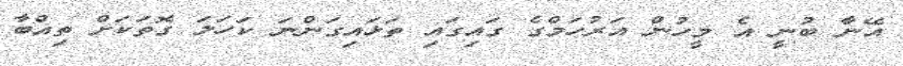
އޭނާ ބުނީ އެ މީހުން އަރުހަމްގެ ގައިގައި ތަޅައިގަންނަ ކަހަލަ ގޮތަކަށް ތިއްބާ